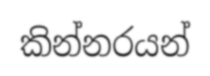
කින්නරයන්